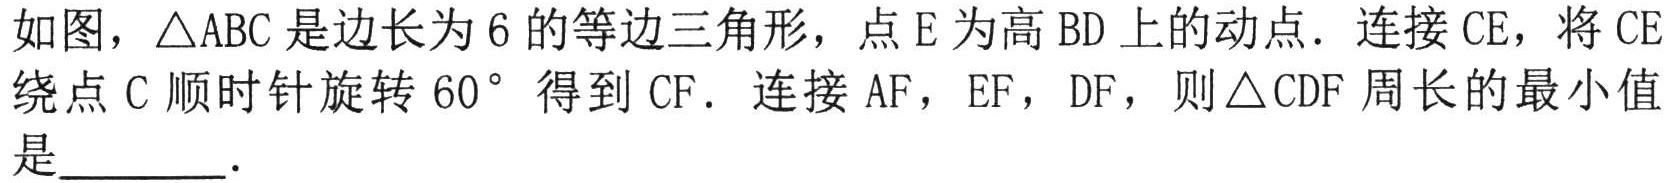
如图，\(\triangle ABC\)是边长为\(6\)的等边三角形，点\(E\)为高\(BD\)上的动点．连接\(CE\)，将\(CE\)绕点\(C\)顺时针旋转\(60^{\circ }\)得到\(CF\)．连接\(AF\)，\(EF\)，\(DF\)，则\(\triangle CDF\)周长的最小值是  ．